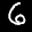
Label: 6